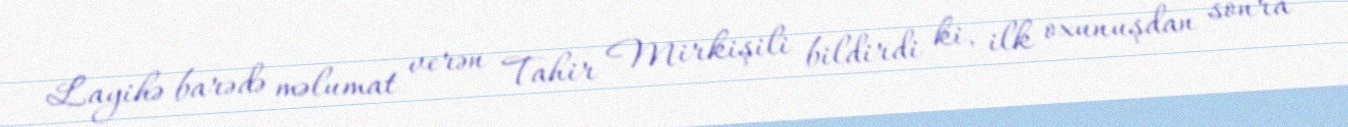
Layihə barədə məlumat verən Tahir Mirkişili bildirdi ki, ilk oxunuşdan sonra